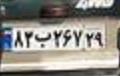
۸۳ب۲۶۷۲۹